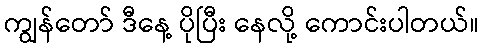
ကျွန်တော် ဒီနေ့ ပိုပြီး နေလို့ ကောင်းပါတယ်။